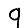
Digit: 9